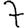
Digit: 7